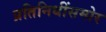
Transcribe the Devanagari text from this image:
प्रतिनिधींसमोर